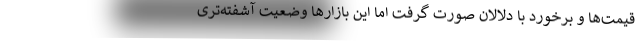
قیمت‌ها و برخورد با دلالان صورت گرفت اما این بازارها وضعیت آشفته‌تری